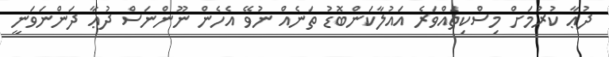
ދުޢާ ކުރުމަށް މިސްކިތައްވަރެ އައުލާކަންބޮޑު ތަނެއް ނުވޭ އެހެން ނޫންނަސް ދުޢާ ދަންނަވަނީ